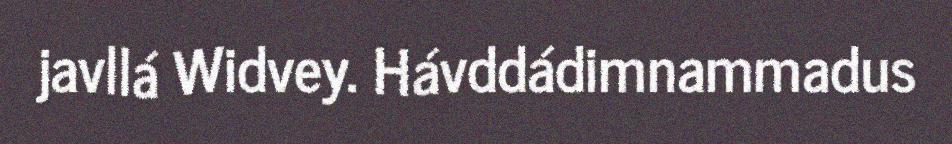
javllá Widvey. Hávddádimnammadus